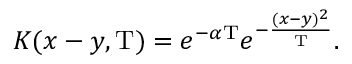
K ( x - y , \mathrm { T } ) = e ^ { - \alpha \mathrm { T } } e ^ { - { \frac { ( x - y ) ^ { 2 } } { \mathrm { T } } } } .